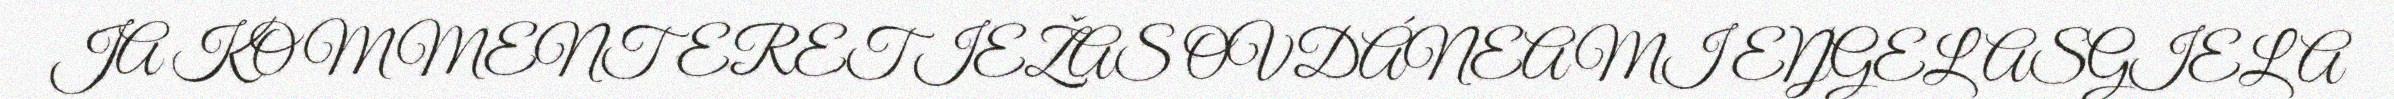
JA KOMMENTERET IEŽAS OVDÁNEAMI EŊGELASGIELA